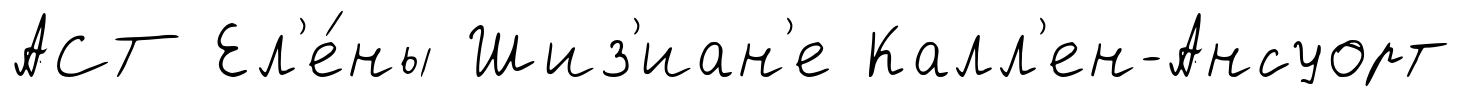
АСТ Ел'е́ны Шиз'иан'е Калл'ен-Ансуорт